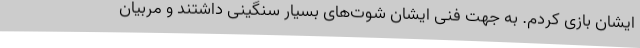
ایشان بازی کردم. به جهت فنی ایشان شوت‌های بسیار سنگینی داشتند و مربیان